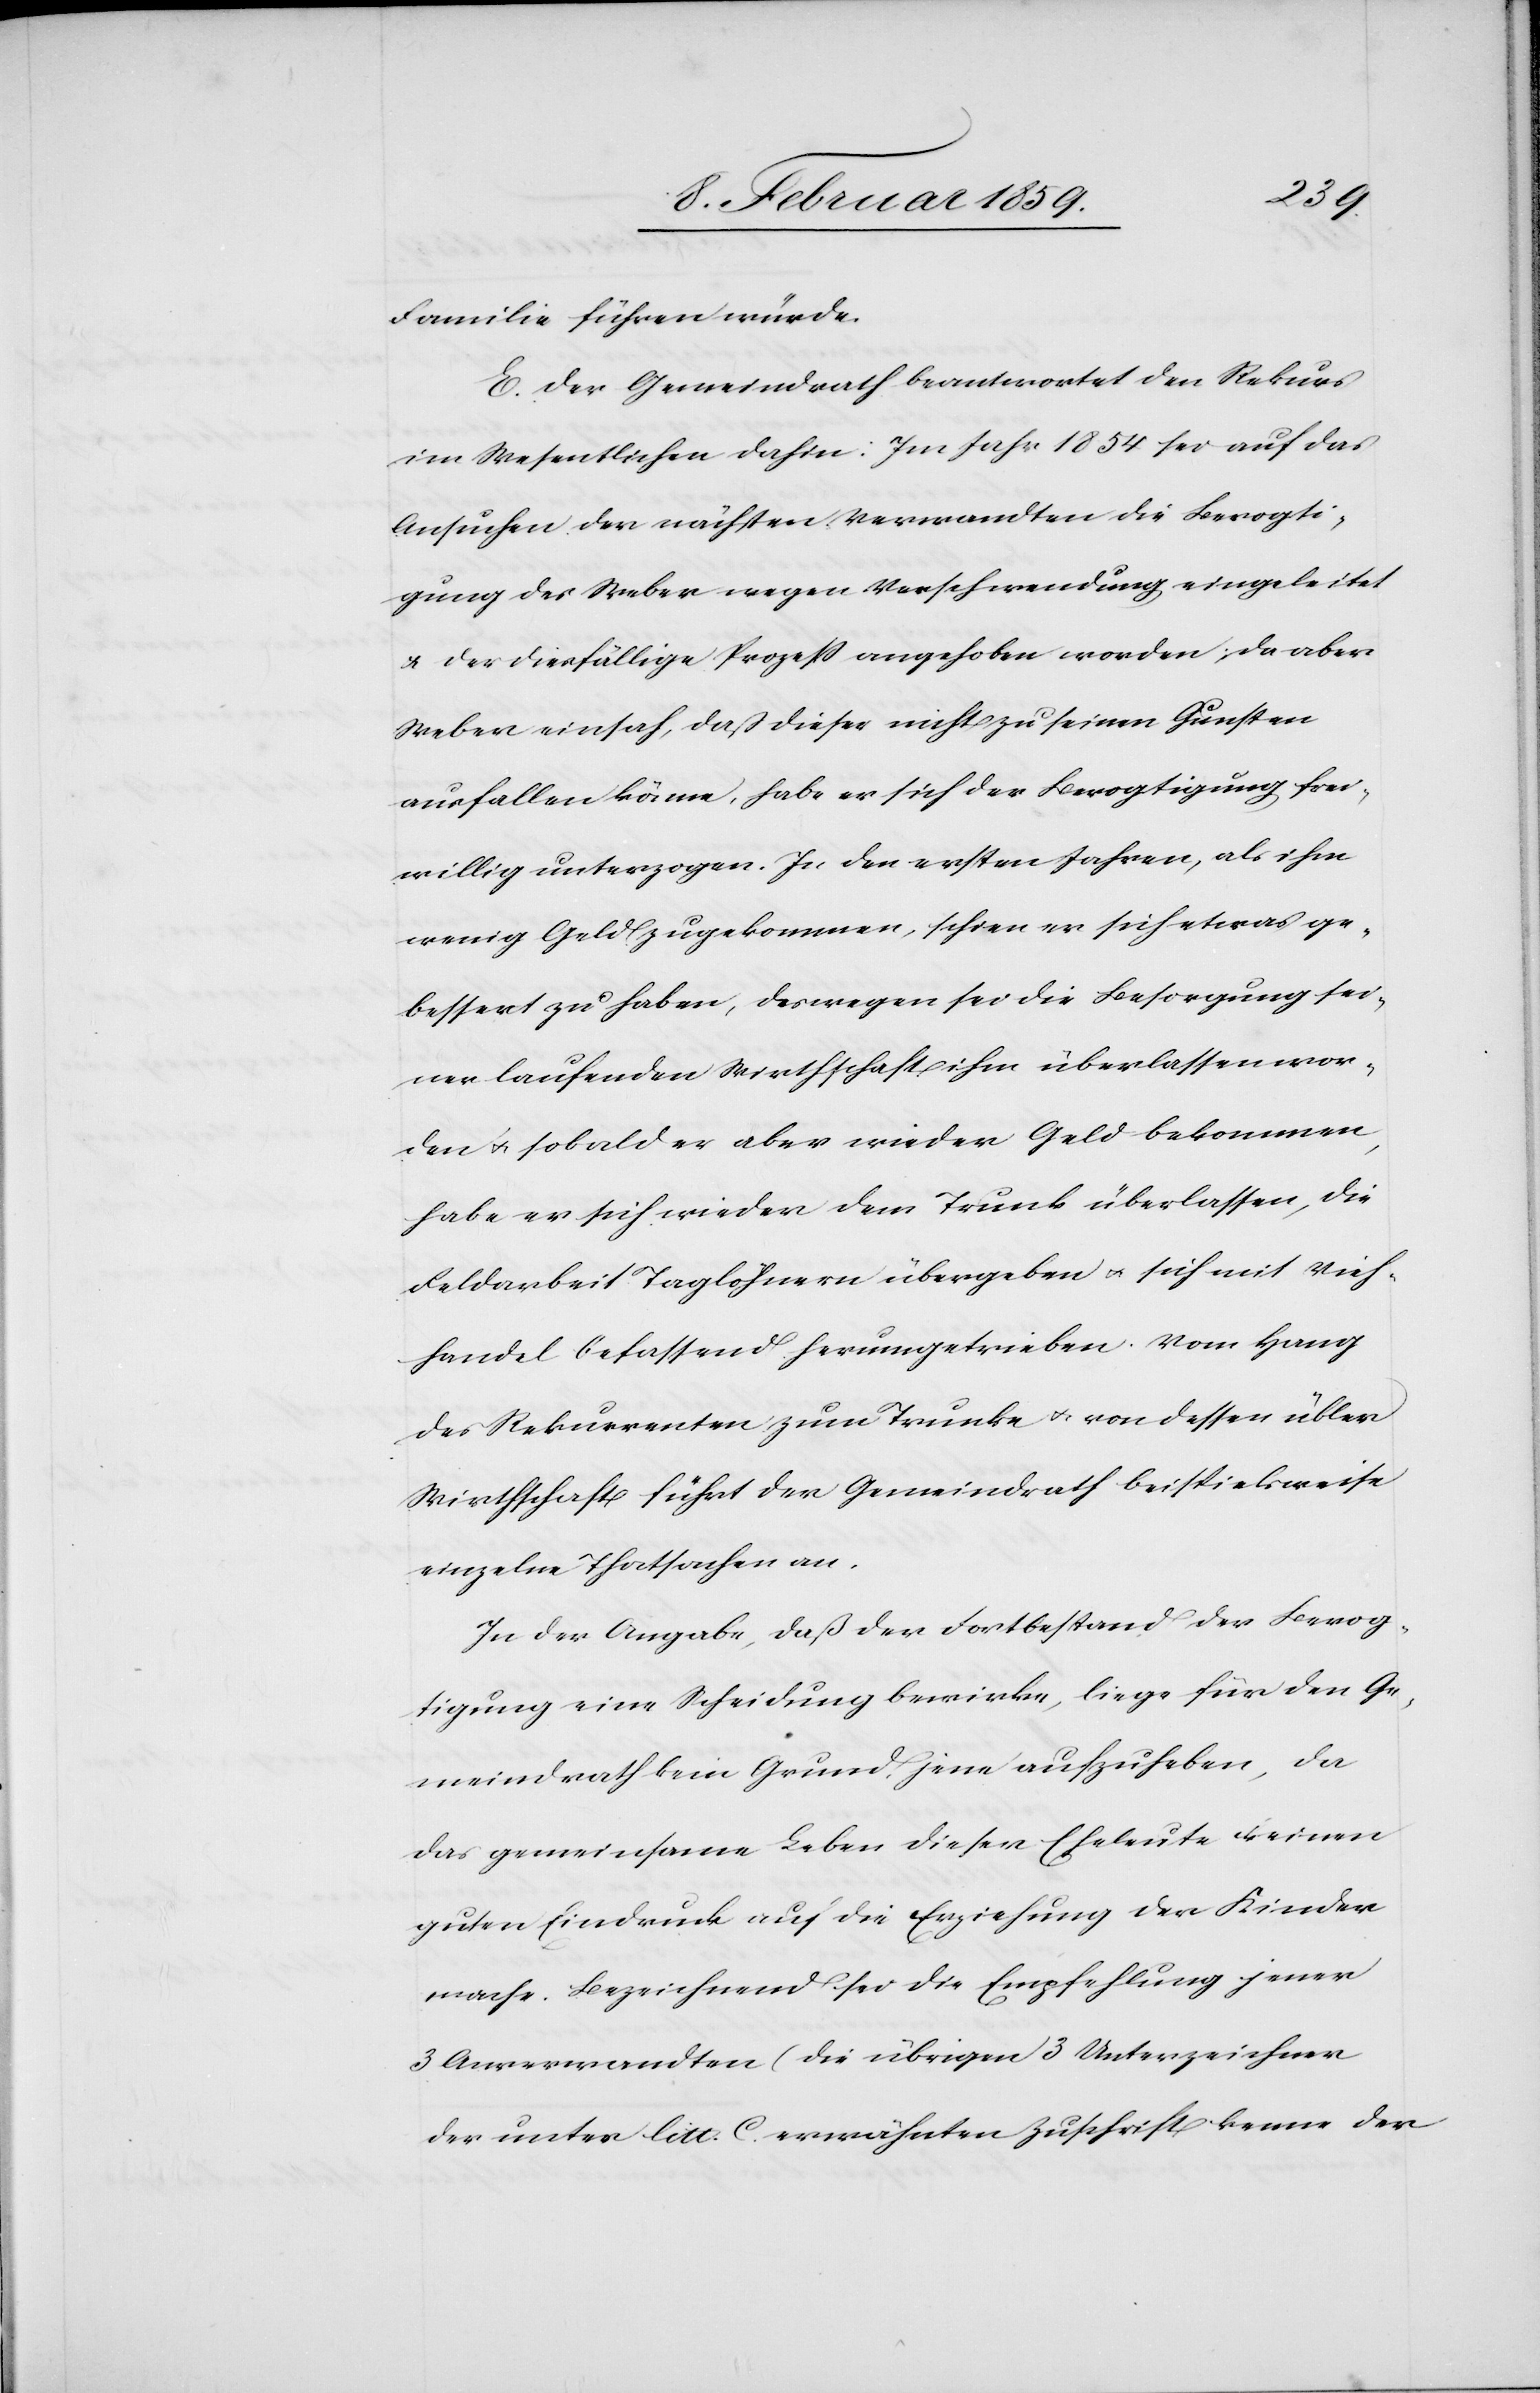
Familie führen würde.
E. Der Gemeindrath beantwortet den Rekurs
im Wesentlichen dahin: Im Jahr 1854 sei auf das
Ansuchen der nächsten Verwandten die Bevogti¬
gung des Weber wegen Verschwendung eingeleitet
u. der diesfällige Prozeß angehoben worden; da aber
Weber einsah, daß dieser nicht zu seinen Gunsten
ausfallen könne, habe er sich der Bevogtigung frei¬
willig unterzogen. In den ersten Jahren, als ihm
wenig Geld zugekommen, schien er sich etwas ge¬
bessert zu haben, deswegen sei die Besorgung sei¬
ner laufenden Wirthschaft ihm überlassen wor¬
den u. sobald er aber wieder Geld bekommen,
habe er sich wieder dem Trunk überlassen, die
Feldarbeit Taglöhnern übergeben u. sich mit Vieh¬
handel befassend herumgetrieben. Vom Hang
des Rekurrenten zum Trunke u. von dessen übler
Wirthschaft führt der Gemeindrath beispielsweise
einzelne Thatsachen an.
In der Angabe, daß der Fortbestand der Bevog¬
tigung eine Scheidung bewirke, liege für den Ge¬
meindrath kein Grund, jene aufzuheben, da
das gemeinsame Leben dieser Eheleute keinen
guten Eindruck auf die Erziehung der Kinder
mache. Bezeichnend sei die Empfehlung jener
3 Anverwandten (die übrigen 3 Unterzeichner
der unter litt. C. erwähnten Zuschrift kenne der